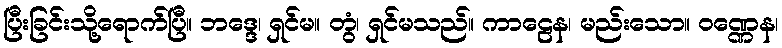
ပြီးခြင်းသို့ရောက်ပြီ။ ဘဒ္ဒေ၊ ရှင်မ။ တွံ၊ ရှင်မသည်။ ကာဠေန၊ မည်းသော။ ဝဏ္ဏေန၊